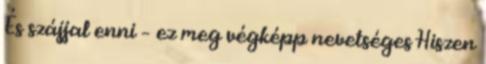
És szájjal enni – ez meg végképp nevetséges Hiszen